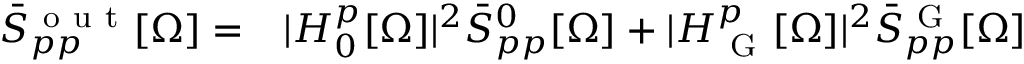
\begin{array} { r l } { \bar { S } _ { p p } ^ { \mathrm { ~ o ~ u ~ t ~ } } [ \Omega ] = } & { { } | H _ { 0 } ^ { p } [ \Omega ] | ^ { 2 } \bar { S } _ { p p } ^ { 0 } [ \Omega ] + | H _ { \mathrm { ~ G ~ } } ^ { p } [ \Omega ] | ^ { 2 } \bar { S } _ { p p } ^ { \mathrm { ~ G ~ } } [ \Omega ] } \end{array}